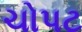
ચોપટ